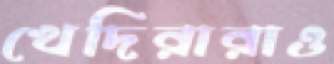
খেদিরারাও